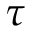
\tau